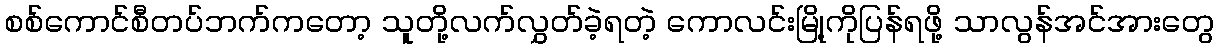
စစ်ကောင်စီတပ်ဘက်ကတော့ သူတို့လက်လွှတ်ခဲ့ရတဲ့ ကောလင်းမြို့ကိုပြန်ရဖို့ သာလွန်အင်အားတွေ